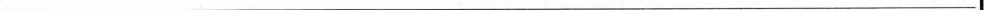
___